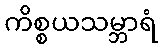
ကိစ္စယသမ္ဘာရံ